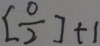
[ \frac { 0 } { 2 } ] + 1